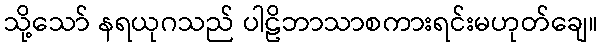
သို့သော် နရယုဂသည် ပါဠိဘာသာစကားရင်းမဟုတ်ချေ။